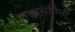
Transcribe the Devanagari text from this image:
मध्यवर्तिनी